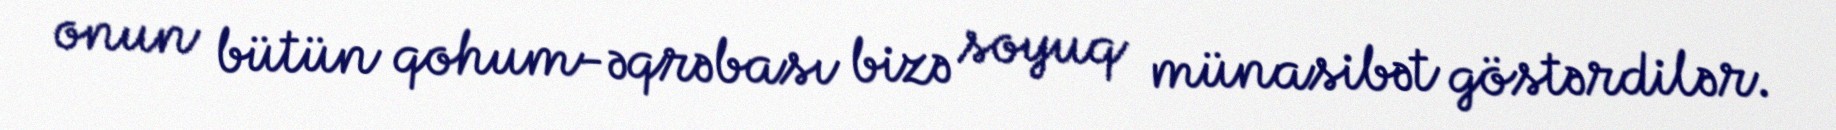
onun bütün qohum-əqrəbası bizə soyuq münasibət göstərdilər.